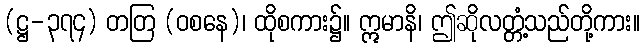
(ဋ္ဌ-၃၇၄) တတြ (ဝစနေ)၊ ထိုစကား၌။ ဣမာနိ၊ ဤဆိုလတ္တံ့သည်တို့ကား။